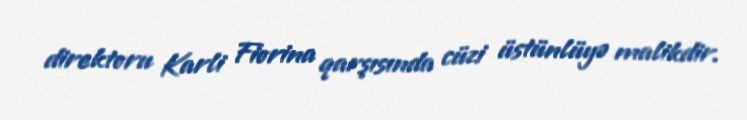
direktoru Karli Fiorina qarşısında cüzi üstünlüyə malikdir.